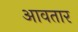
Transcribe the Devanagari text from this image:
आवतार